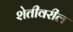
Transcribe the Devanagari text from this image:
शेतीवरील